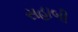
સહાબી